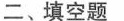
二、填空题